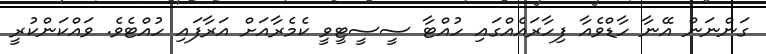
ގަންނަން އޭނާ ހާޑްވެއާ ފިހާރައެއްގައި ހުއްޓާ ސީސީޓީވީ ކެމެރާއަށް އަރާފައި ހުއްޓެވެ. ވައްކަންކުރީ